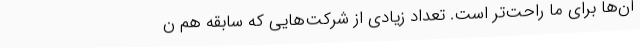
آن‌ها برای ما راحت‌تر است. تعداد زیادی از شرکت‌هایی که سابقه هم ن